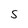
Character: S